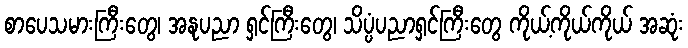
စာပေသမားကြီးတွေ၊ အနုပညာ ရှင်ကြီးတွေ၊ သိပ္ပံပညာရှင်ကြီးတွေ ကိုယ့်ကိုယ်ကိုယ် အဆုံး